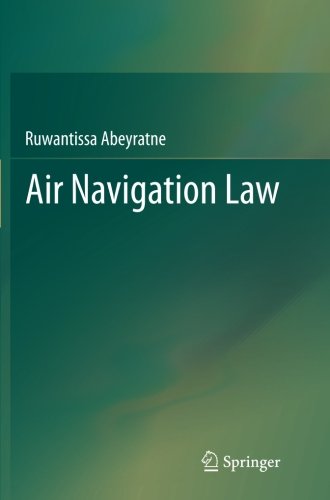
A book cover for Air Navigation Law; Ruwantissa Abeyratne; Law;